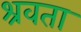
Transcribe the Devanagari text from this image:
श्रवता